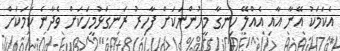
އެކަމަކު އޭނާ އާއި އެއްލޭ ހިނގާ މީހުންނަކަށް ފާހިރު ރަނގަޅުމީހަކަށް ވެދާނެ ކަމަކަށް